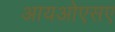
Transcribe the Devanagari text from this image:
आयओएसए